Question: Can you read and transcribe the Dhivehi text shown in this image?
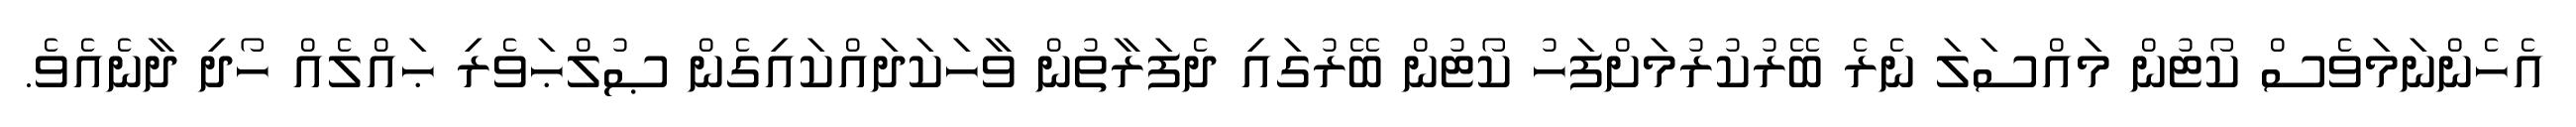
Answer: އެހެންނަމަވެސް ކޯޓުން މައްސަލަ ނެރެ ބޭރުކުރުމަށްފަހު ކޯޓުން ބޭރުގައި ދެފަރާތުން ވާހަކަދައްކައިގެން ޞުލްޙަވެރި ޙައްލެއް ހޯދި ދާނެއެވެ.